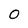
Character: 0